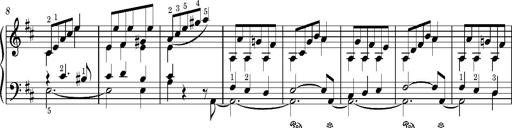
Title: LÃ¤ndler in D major
Composer: Franz Liszt
Key: D major